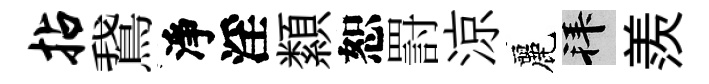
拈鵞淨淫纇恕罸涼麗拜羨